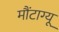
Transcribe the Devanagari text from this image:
मौंटाग्यू